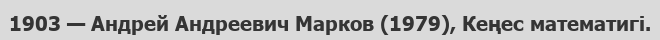
1903 — Андрей Андреевич Марков (1979), Кеңес математигі.